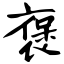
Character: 褒